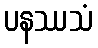
ပနဿသံ